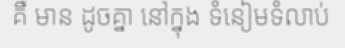
គឺ មាន ដូចគ្នា នៅក្នុង ទំនៀមទំលាប់